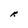
Character: R